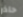
حاذر